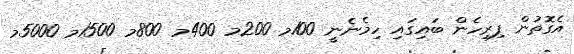
އެގޮތުން ފިރިހެން ބައިގައި ހިމެނެނީ 100މ 200މ 400މ 800މ 1500މ 5000މ